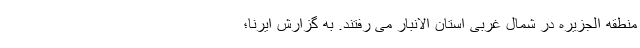
منطقه الجزیره در شمال غربی استان الانبار می رفتند. به گزارش ایرنا؛